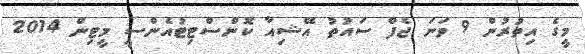
މީގެ އިތުރުން 9 ވަނަ ޖެފް ސައުތު އޭޝިއާ ކޮންސްޓިޓުއެންސީ މީޓިން 2014